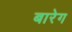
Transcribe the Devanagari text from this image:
बारेग